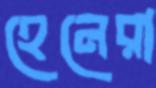
হেনেরা